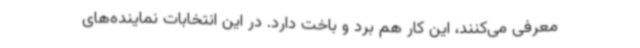
معرفی می‌کنند، این کار هم برد و باخت دارد. در این انتخابات نماینده‌های